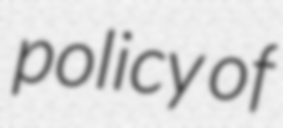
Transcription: policy of